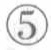
\textcircled{5}